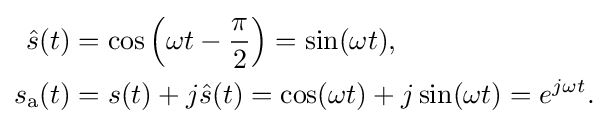
{\begin{aligned}{\hat {s}}(t)&=\cos \left(\omega t-{\frac {\pi }{2}}\right)=\sin(\omega t),\\s_{\mathrm {a} }(t)&=s(t)+j{\hat {s}}(t)=\cos(\omega t)+j\sin(\omega t)=e^{j\omega t}.\end{aligned}}